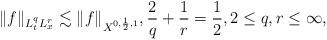
LaTeX: \begin{align*} \| f \|_{L^{q}_{t}L^{r}_{x}} \lesssim \|f \|_{X^{0,\frac12,1}}, \frac{2}{q}+\frac{1}{r}=\frac{1}{2}, 2\leq q,r \leq \infty,\end{align*}